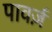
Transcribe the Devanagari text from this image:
पावर्ज़